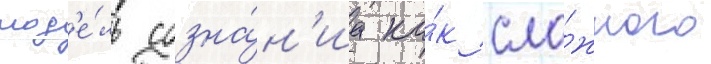
мод'е́ль созна́н'иа ка́к сло́жного